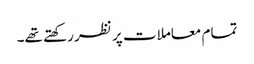
تمام معاملات پر نظر رکھتے تھے۔